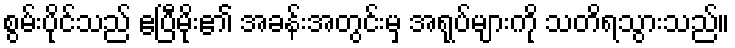
စွမ်းပိုင်သည် ဧပြီမိုး၏ အခန်းအတွင်းမှ အရုပ်များကို သတိရသွားသည်။